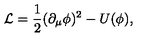
{ \cal { L } } = \frac { 1 } { 2 } ( \partial _ { \mu } \phi ) ^ { 2 } - U ( \phi ) ,